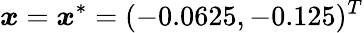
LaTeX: \boldsymbol{x}=\boldsymbol{x}^{*}=(-0.0625,-0.125)^{T}